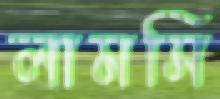
লামসি